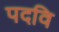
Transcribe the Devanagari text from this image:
पदवि